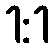
1:1